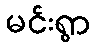
မင်းရွာ